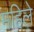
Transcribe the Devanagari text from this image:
महिले